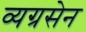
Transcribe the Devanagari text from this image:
व्यग्रसेन